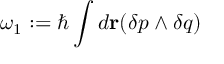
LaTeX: \omega _ { 1 } : = \hbar \int d { \bf r } ( \delta p \wedge \delta q )